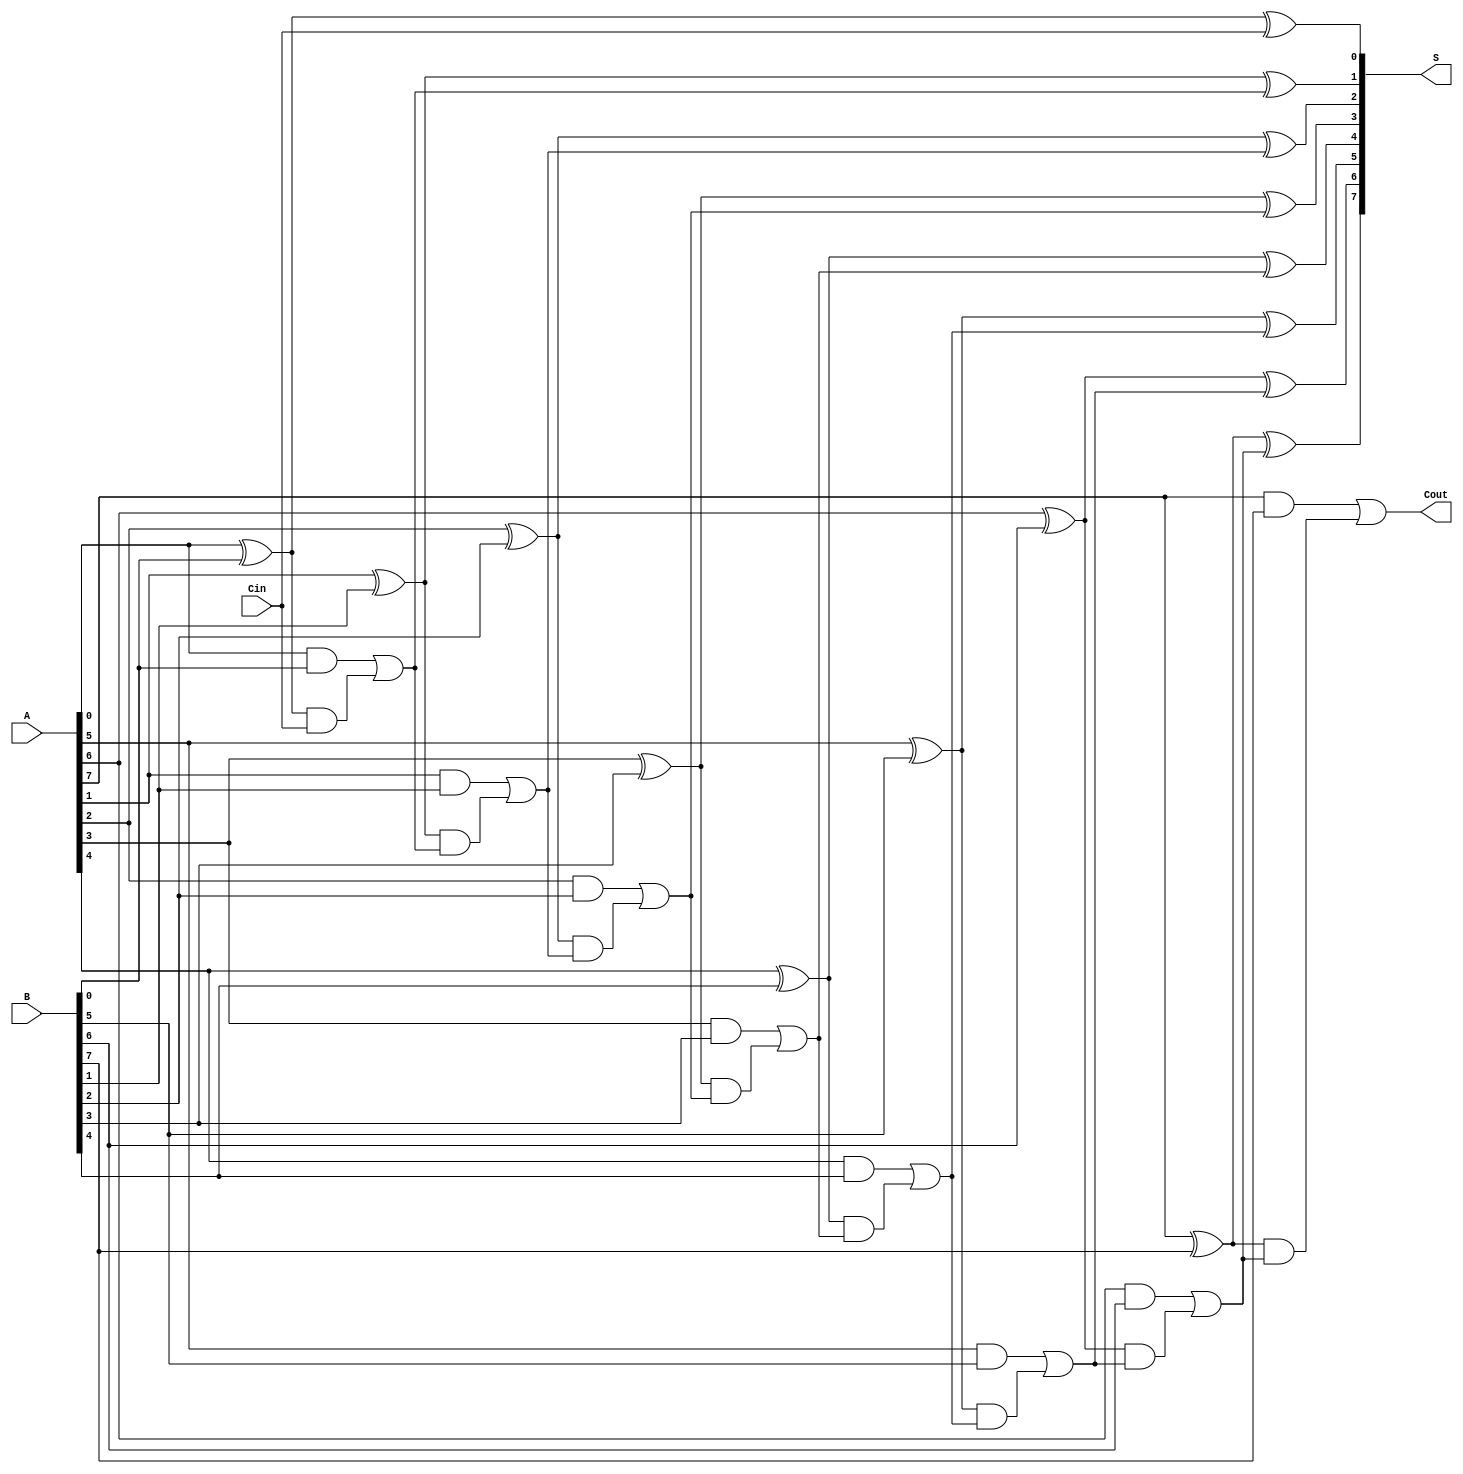
module Han_Carlson_Adder #(parameter N = 8) (
    input [N-1:0] A,      // First operand
    input [N-1:0] B,      // Second operand
    input Cin,            // Carry-in
    output [N-1:0] S,     // Sum output
    output Cout           // Carry-out
);

// Intermediate signals for generate and propagate
wire [N-1:0] G;   // Generate signals
wire [N-1:0] P;   // Propagate signals
wire [N:0] C;     // Carry signals

// Generate and Propagate signals calculation
generate
    genvar i;
    for (i = 0; i < N; i = i + 1) begin : gen_prop
        assign G[i] = A[i] & B[i];     // Generate
        assign P[i] = A[i] ^ B[i];     // Propagate
    end
endgenerate

// Carry signals calculation
assign C[0] = Cin;  // Initial carry-in

generate
    for (i = 0; i < N; i = i + 1) begin : carry_calc
        assign C[i + 1] = G[i] | (P[i] & C[i]); // Carry-out for each bit
    end
endgenerate

// Sum calculation
generate
    for (i = 0; i < N; i = i + 1) begin : sum_calc
        assign S[i] = P[i] ^ C[i]; // Sum for each bit
    end
endgenerate

// Final carry-out
assign Cout = C[N]; // Carry-out from the most significant bit

endmodule